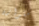
متوازن